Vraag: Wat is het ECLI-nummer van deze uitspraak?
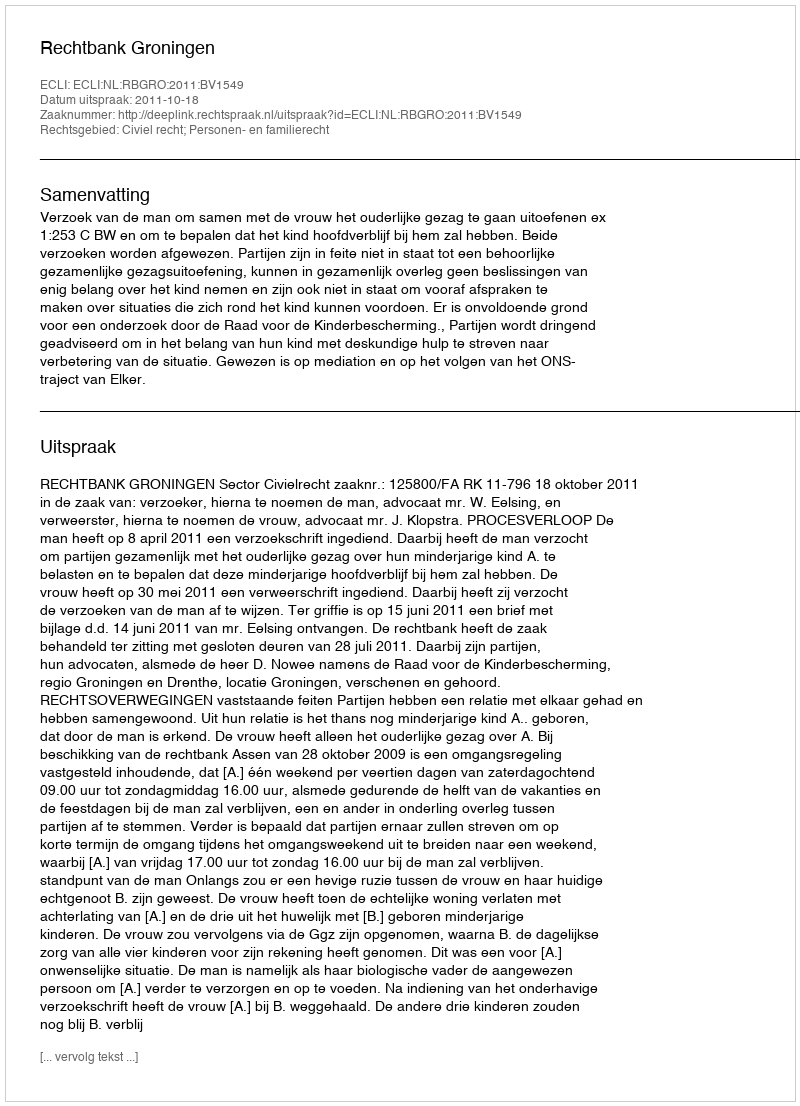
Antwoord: ECLI:NL:RBGRO:2011:BV1549